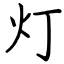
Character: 灯